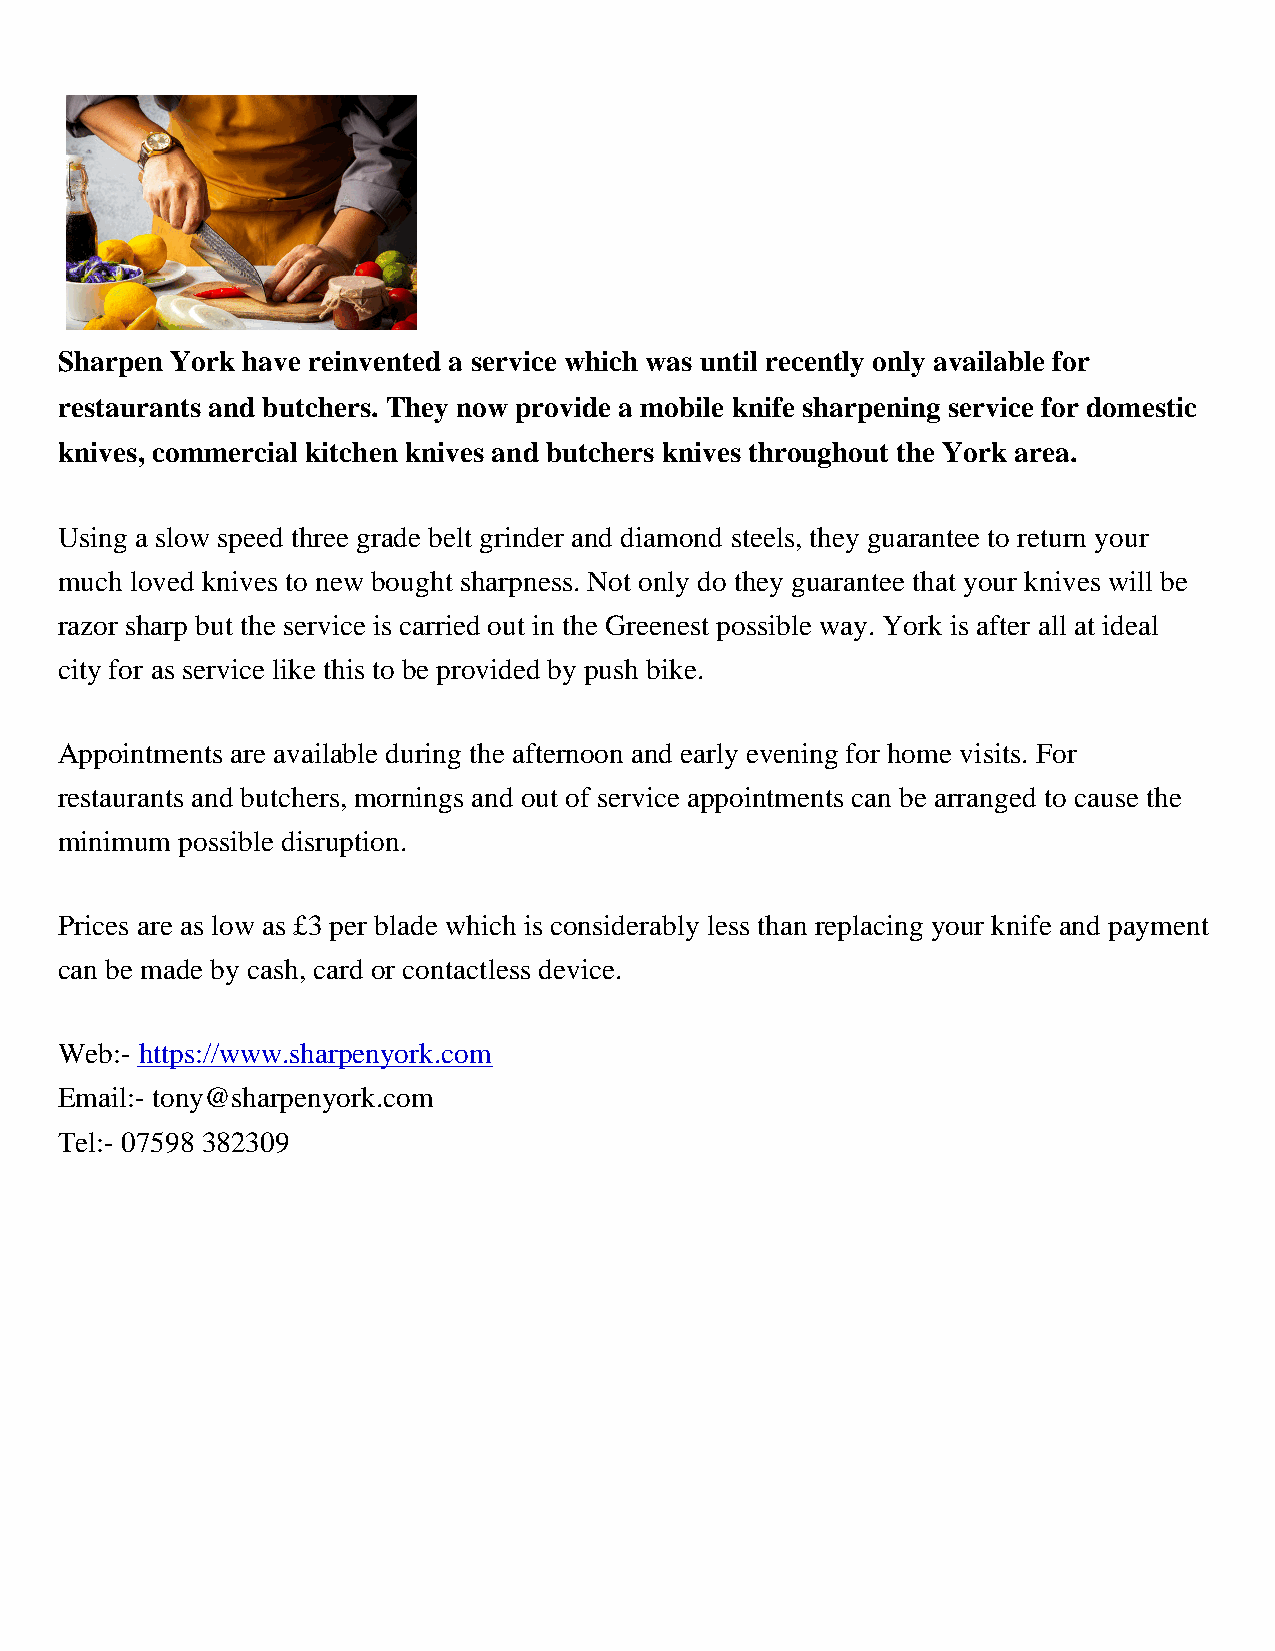
Sharpen York have reinvented a service which was until recently only available for
 restaurants and butchers. They now provide a mobile knife sharpening service for domestic
 knives, commercial kitchen knives and butchers knives throughout the York area.
 Using a slow speed three grade belt grinder and diamond steels, they guarantee to return your
 much loved knives to new bought sharpness. Not only do they guarantee that your knives will be
 razor sharp but the service is carried out in the Greenest possible way. York is after all at ideal
 city for as service like this to be provided by push bike.
 Appointments are available during the afternoon and early evening for home visits. For
 restaurants and butchers, mornings and out of service appointments can be arranged to cause the
 minimum possible disruption.
 Prices are as low as £3 per blade which is considerably less than replacing your knife and payment
 can be made by cash, card or contactless device.
 Web:- https://www.sharpenyork.com
 Email:- tony@sharpenyork.com
 Tel:- 07598 382309